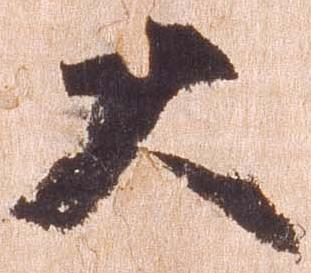
大